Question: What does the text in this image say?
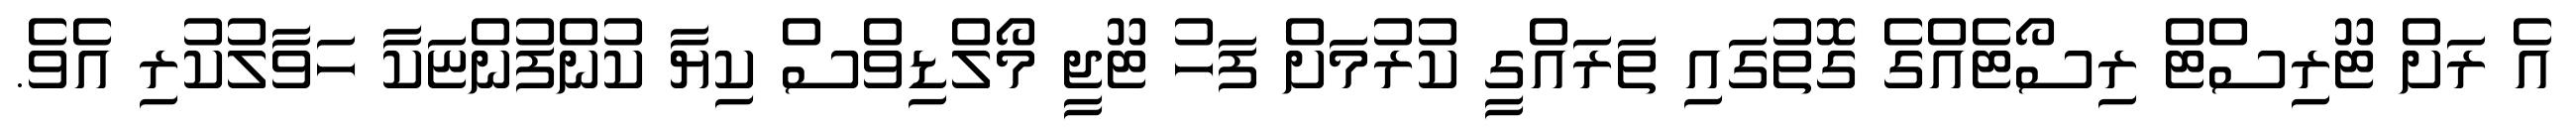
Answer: އެ ރަށް ޓޫރިސްޓް ރިސޯޓެއްގެ ގޮތުގައި ތަރައްގީ ކުރުމަށް ފަހު ޓޫޖީ މޯލްޑިވްސް ކިޔާ ކުންފުންޏަކާ ހަވާލުކުރި އެވެ.